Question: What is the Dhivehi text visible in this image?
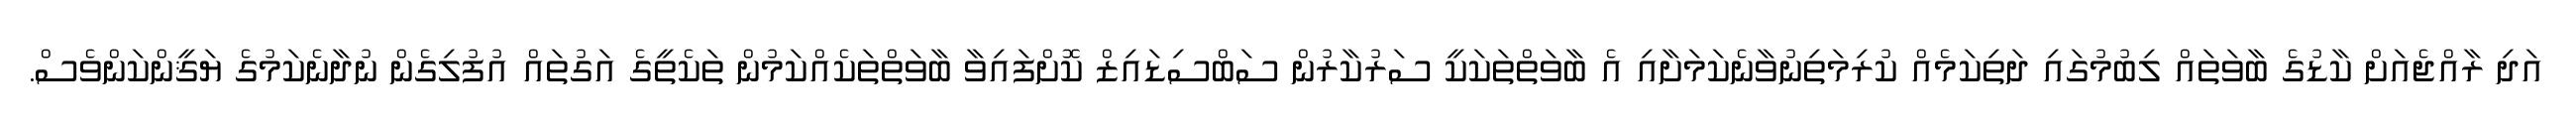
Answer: އަދި ރާއްޖެއަށް ކާޑުގެ ބާވަތައް ލިބުމުގައި ދަތިކަމެއް ކުރިމަތިނުވާނެކަމަށާއި އެ ބާވަތްތަކަކީ ސަރުކާރުން ސަބްސިޑައިޒް ކޮށްފައިވާ ބާވަތްތަކެއްކަމުން ތަކެތީގެ އަގުތައް އުފުލިގެން ނުދާނެކަމުގެ ޔަޤީންކަންވެސް.